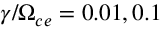
\gamma / \Omega _ { c e } = 0 . 0 1 , 0 . 1